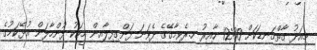
މިއަދު ގާތްގަނޑަކަށް 12:30 ހާއިރު ހ.ރެވިމާގޭގެ ދެވަނަ ފަންގިފިލާއިން މީހަކު ފުންމާލަން އުޅޭކަމުގެ